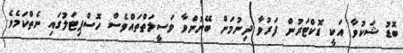
ބޮޑު ޝަކުވާ އަކީ ޑޮކްޓަރުން ފަރުވާ ދިނުމަށް ބޭނުންވާ ވަސީލަތްތައްވެސް ހޮސްޕިޓަލުގައި ނެތްކަމެވެ.